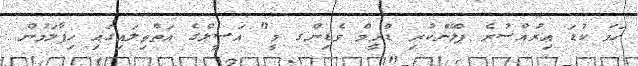
ހަމަ ކުޑަ އިރުއްސުރެ ޕްލޭންކުރި ޑްރީމް ވެޑިންގ މީ" އަސީލްގެ އަތްތިލައިގައި ހިފާލަމުން